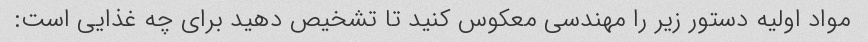
مواد اولیه دستور زیر را مهندسی معکوس کنید تا تشخیص دهید برای چه غذایی است: